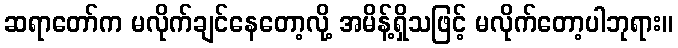
ဆရာတော်က မလိုက်ချင်နေတော့လို့ အမိန့်ရှိသဖြင့် မလိုက်တော့ပါဘုရား။